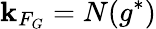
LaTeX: \mathbf{k}_{F_{G}}=N(g^{*})